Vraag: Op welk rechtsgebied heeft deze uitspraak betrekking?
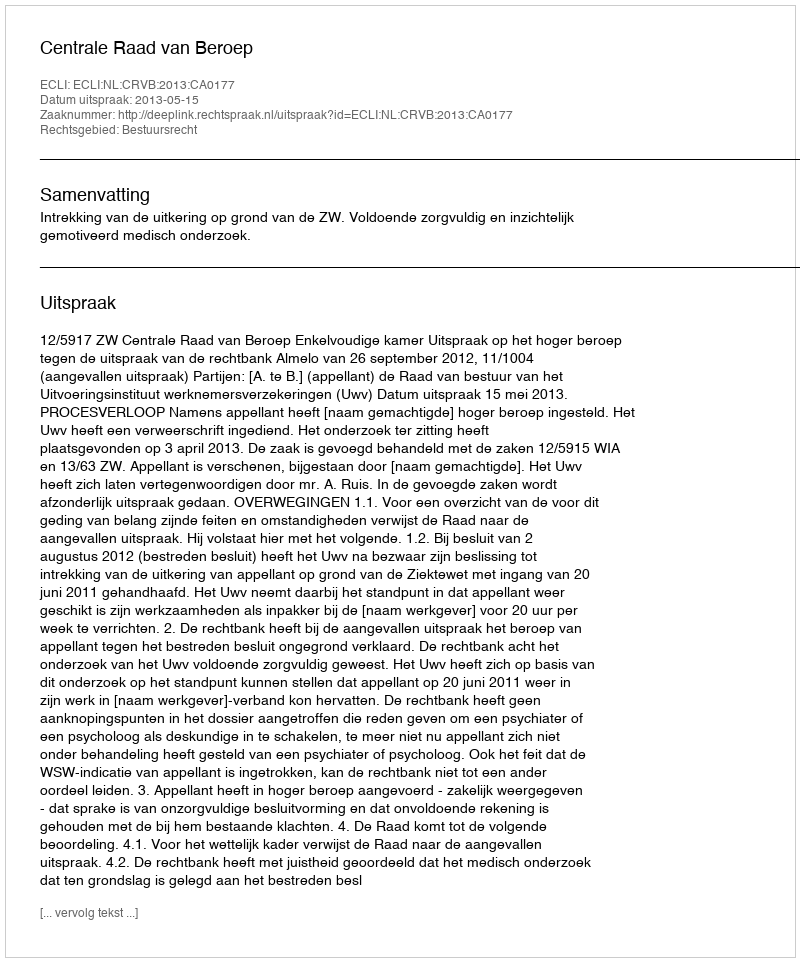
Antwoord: Bestuursrecht